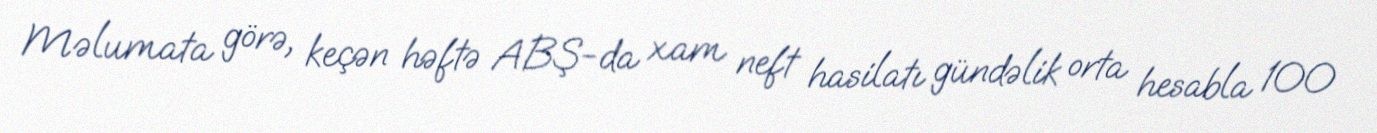
Məlumata görə, keçən həftə ABŞ-da xam neft hasilatı gündəlik orta hesabla 100